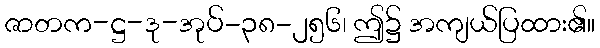
ဇာတက-ဋ္ဌ-ဒု-အုပ်-၃၈-၂၅၆၊ ဤ၌ အကျယ်ပြထား၏။